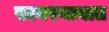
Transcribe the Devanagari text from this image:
सावरगावात